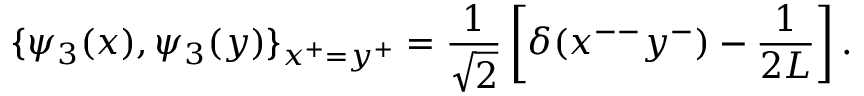
\{ \psi _ { 3 } ( x ) , \psi _ { 3 } ( y ) \} _ { x ^ { + } = y ^ { + } } = \frac { 1 } { \sqrt 2 } \left[ \delta ( x ^ { -- } y ^ { - } ) - \frac { 1 } { 2 L } \right] .